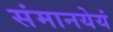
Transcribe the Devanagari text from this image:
संमानयेयं